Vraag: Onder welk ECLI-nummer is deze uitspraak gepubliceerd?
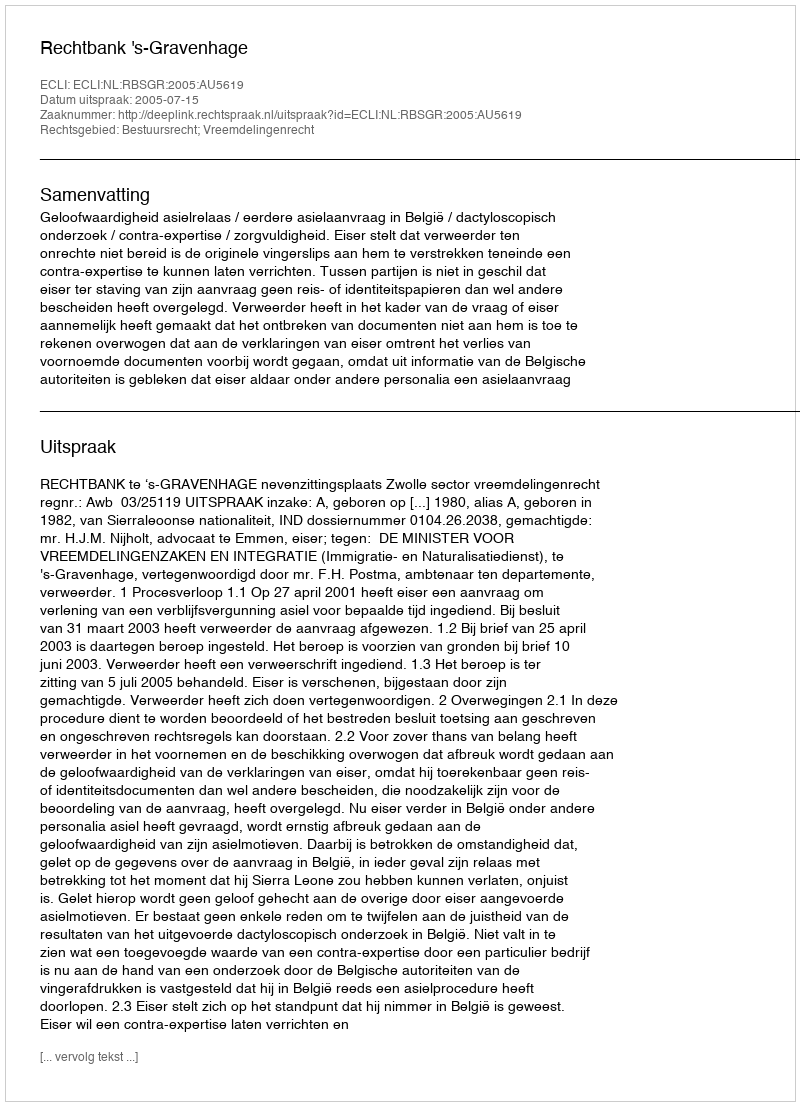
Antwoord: ECLI:NL:RBSGR:2005:AU5619